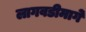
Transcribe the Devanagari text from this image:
लागवडीमागे